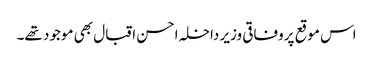
اس موقع پروفاقی وزیر داخلہ احسن اقبال بھی موجود تھے۔